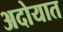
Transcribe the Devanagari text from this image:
अदोयात